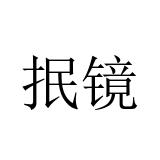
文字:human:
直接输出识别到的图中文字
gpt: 抿镜